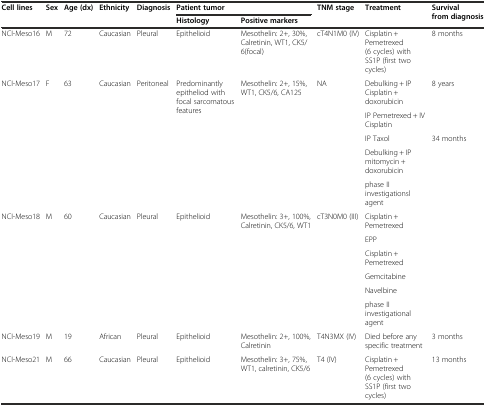
<table><thead><tr><td rowspan="2"><b>Cell lines</b></td><td rowspan="2"><b>Sex</b></td><td rowspan="2"><b>Age (dx)</b></td><td rowspan="2"><b>Ethnicity</b></td><td rowspan="2"><b>Diagnosis</b></td><td colspan="2"><b>Patient tumor</b></td><td rowspan="2"><b>TNM stage</b></td><td rowspan="2"><b>Treatment</b></td><td rowspan="2"><b>Survival from diagnosis</b></td></tr><tr><td><b>Histology</b></td><td><b>Positive markers</b></td></tr></thead><tbody><tr><td>NCI-Meso16</td><td>M</td><td>72</td><td>Caucasian</td><td>Pleural</td><td>Epithelioid</td><td>Mesothelin: 2+, 30%, Calretinin, WT1, CK5/6(focal)</td><td>cT4N1M0 (IV)</td><td>Cisplatin + Pemetrexed (6 cycles) with SS1P (first two cycles)</td><td>8 months</td></tr><tr><td rowspan="5">NCI-Meso17</td><td rowspan="5">F</td><td rowspan="5">63</td><td rowspan="5">Caucasian</td><td rowspan="5">Peritoneal</td><td rowspan="5">Predominantly epitheliod with focal sarcomatous features</td><td rowspan="5">Mesothelin: 2+, 15%, WT1, CK5/6, CA125</td><td rowspan="5">NA</td><td>Debulking + IP Cisplatin + doxorubicin</td><td rowspan="2">8 years</td></tr><tr><td>IP Pemetrexed + IV Cisplatin</td></tr><tr><td>IP Taxol</td><td rowspan="9">34 months</td></tr><tr><td>Debulking + IP mitomycin + doxorubicin</td></tr><tr><td>phase II investigationsl agent</td></tr><tr><td rowspan="6">NCI-Meso18</td><td rowspan="6">M</td><td rowspan="6">60</td><td rowspan="6">Caucasian</td><td rowspan="6">Pleural</td><td rowspan="6">Epithelioid</td><td rowspan="6">Mesothelin: 3+, 100%, Calretinin, CK5/6, WT1</td><td rowspan="6">cT3N0M0 (III)</td><td>Cisplatin + Pemetrexed</td></tr><tr><td>EPP</td></tr><tr><td>Cisplatin + Pemetrexed</td></tr><tr><td>Gemcitabine</td></tr><tr><td>Navelbine</td></tr><tr><td>phase II investigational agent</td></tr><tr><td>NCI-Meso19</td><td>M</td><td>19</td><td>African</td><td>Pleural</td><td>Epithelioid</td><td>Mesothelin: 2+, 100%, Calretinin</td><td>T4N3MX (IV)</td><td>Died before any specific treatment</td><td>3 months</td></tr><tr><td>NCI-Meso21</td><td>M</td><td>66</td><td>Caucasian</td><td>Pleural</td><td>Epithelioid</td><td>Mesothelin: 3+, 75%, WT1, calretinin, CK5/6</td><td>T4 (IV)</td><td>Cisplatin + Pemetrexed (6 cycles) with SS1P (first two cycles)</td><td>13 months</td></tr></tbody></table>